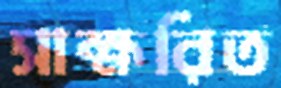
সাক্ষরিত